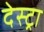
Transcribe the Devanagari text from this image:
देस्ट्रा